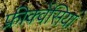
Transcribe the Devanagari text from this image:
फ्रीक्वेंसियां